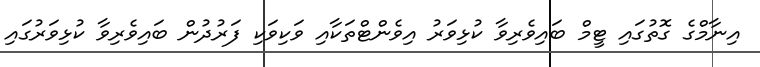
އިނާމްގެ ގޮތުގައި ޓީމް ބައިވެރިވާ ކުޅިވަރު އިވެންޓްތަކާއި ވަކިވަކި ފަރުދުން ބައިވެރިވާ ކުޅިވަރުގައި